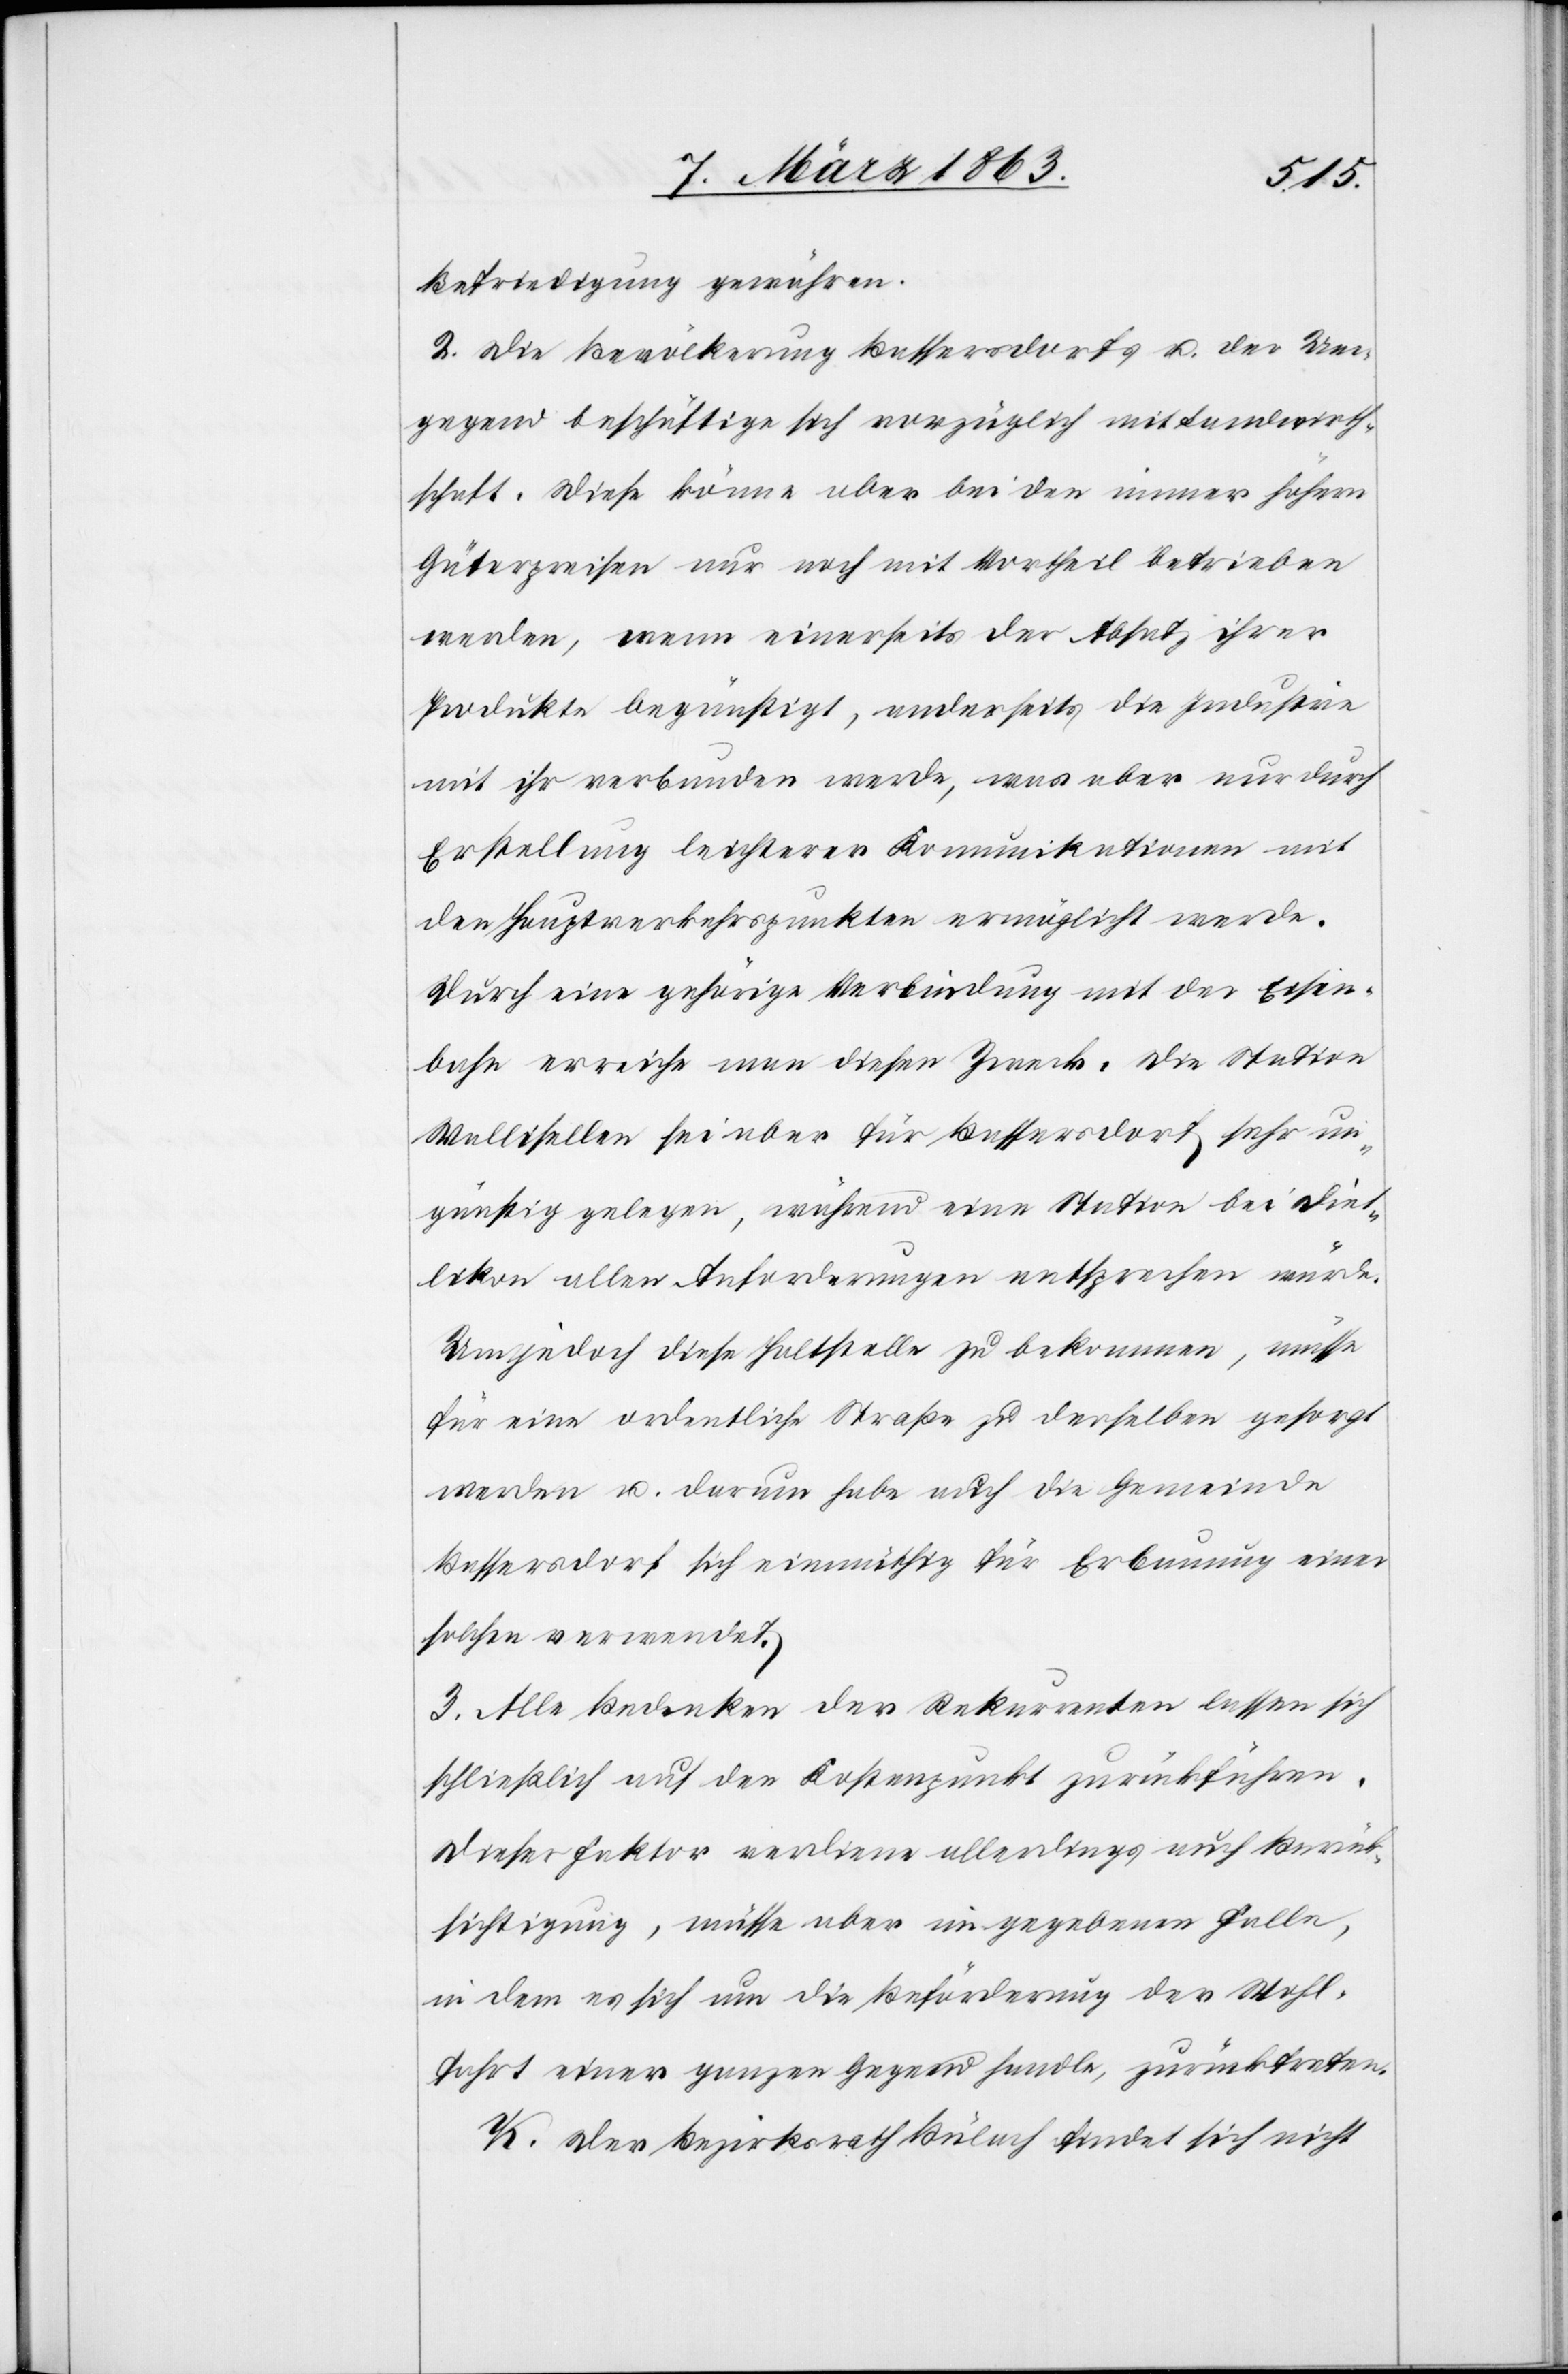
Befriedigung gewähren.
2. Die Bevölkerung Bassersdorfs u. der Um¬
gegend beschäftige sich vorzüglich mit Landwirth¬
schaft. Diese könne aber bei den immer höhern
Güterpreisen nur noch mit Vortheil betrieben
werden, wenn einerseits der Absatz ihrer
Produkte begünstigt, anderseits die Industrie
mit ihr verbunden werde, was aber nur durch
Erstellung leichterer Komunikationen mit
den Hauptverkehrspunkten ermöglicht werde.
Durch eine gehörige Verbindung mit der Eisen¬
bahn erreiche man diesen Zweck. Die Station
Wallisellen sei aber für Bassersdorf sehr un¬
günstig gelegen, während eine Station bei Diet¬
likon allen Anforderungen entsprechen würde.
Um jedoch diese Haltstelle zu bekommen, müsse
für eine ordentliche Straße zu derselben gesorgt
werden u. darum habe auch die Gemeinde
Bassersdorf sich einmüthig für Erbauung einer
solchen verwendet.
3. Alle Bedenken der Rekurrenten lassen sich
schließlich auf den Kostenpunkt zurückführen.
Dieser Faktor verdiene allerdings auch Berück¬
sichtigung, müsse aber im gegebenen Falle,
in dem es sich um die Beförderung der Wohl¬
fahrt einer ganzen Gegend handle, zurücktreten.
K. Der Bezirksrath Bülach findet sich nicht